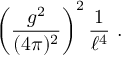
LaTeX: \left( { \frac { g ^ { 2 } } { ( 4 \pi ) ^ { 2 } } } \right) ^ { 2 } { \frac { 1 } { \ell ^ { 4 } } } \ .